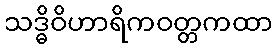
သဒ္ဓိဝိဟာရိကဝတ္တကထာ